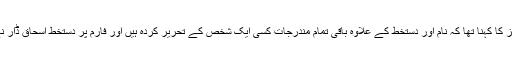
فارم کے مندرجات کس نے لکھے، شاہد عزیز کا کہنا تھا کہ نام اور دستخط کے علاوہ باقی تمام مندرجات کسی ایک شخص کے تحریر کردہ ہیں اور فارم پر دستخط اسحاق ڈار نے کئے،جبکہ فارم ادارے کے افسر نے بھرا۔